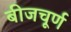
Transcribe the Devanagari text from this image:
बीजचूर्ण